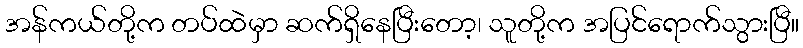
အန်ကယ်တို့က တပ်ထဲမှာ ဆက်ရှိနေပြီးတော့၊ သူတို့က အပြင်ရောက်သွားပြီ။